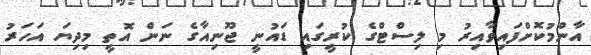
އާންމުކޮށްފައިވާއިރު މި ލިސްޓްގެ ކުރީގައި ޑައުނީ ޖޫނިއާގެ ނަން އޮތީ މިދިޔަ އަހަރު